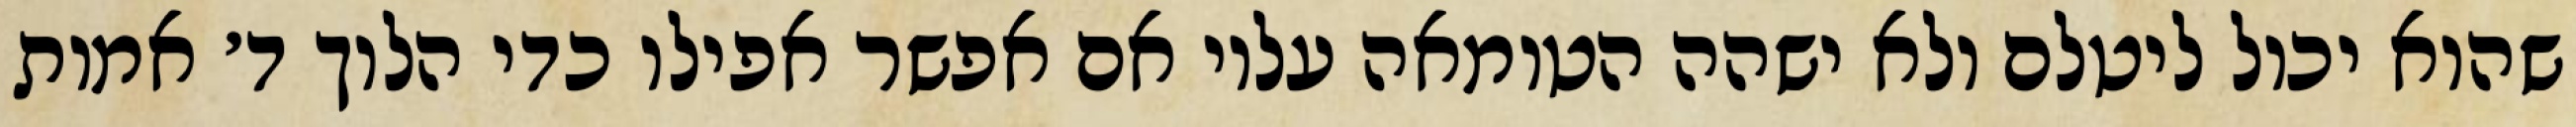
שהוא יכול ליטלם ולא ישהה הטומאה עליו אם אפשר אפילו כדי הלוך ד׳ אמות